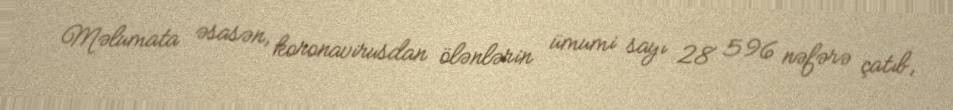
Məlumata əsasən, koronavirusdan ölənlərin ümumi sayı 28 596 nəfərə çatıb,